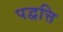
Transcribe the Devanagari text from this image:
पद्वत्ति